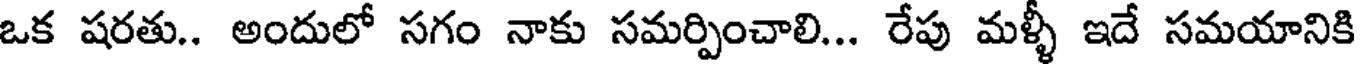
ఒక షరతు.. అందులో సగం నాకు సమర్పించాలి... రేపు మళ్ళీ ఇదే సమయానికి